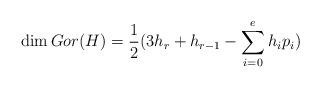
LaTeX: \begin{align*} \dim Gor(H)=\frac12(3h_r+h_{r-1}-\sum _{i=0}^eh_ip_i) \end{align*}